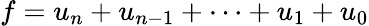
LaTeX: f=u_{n}+u_{n-1}+\dots+u_{1}+u_{0}